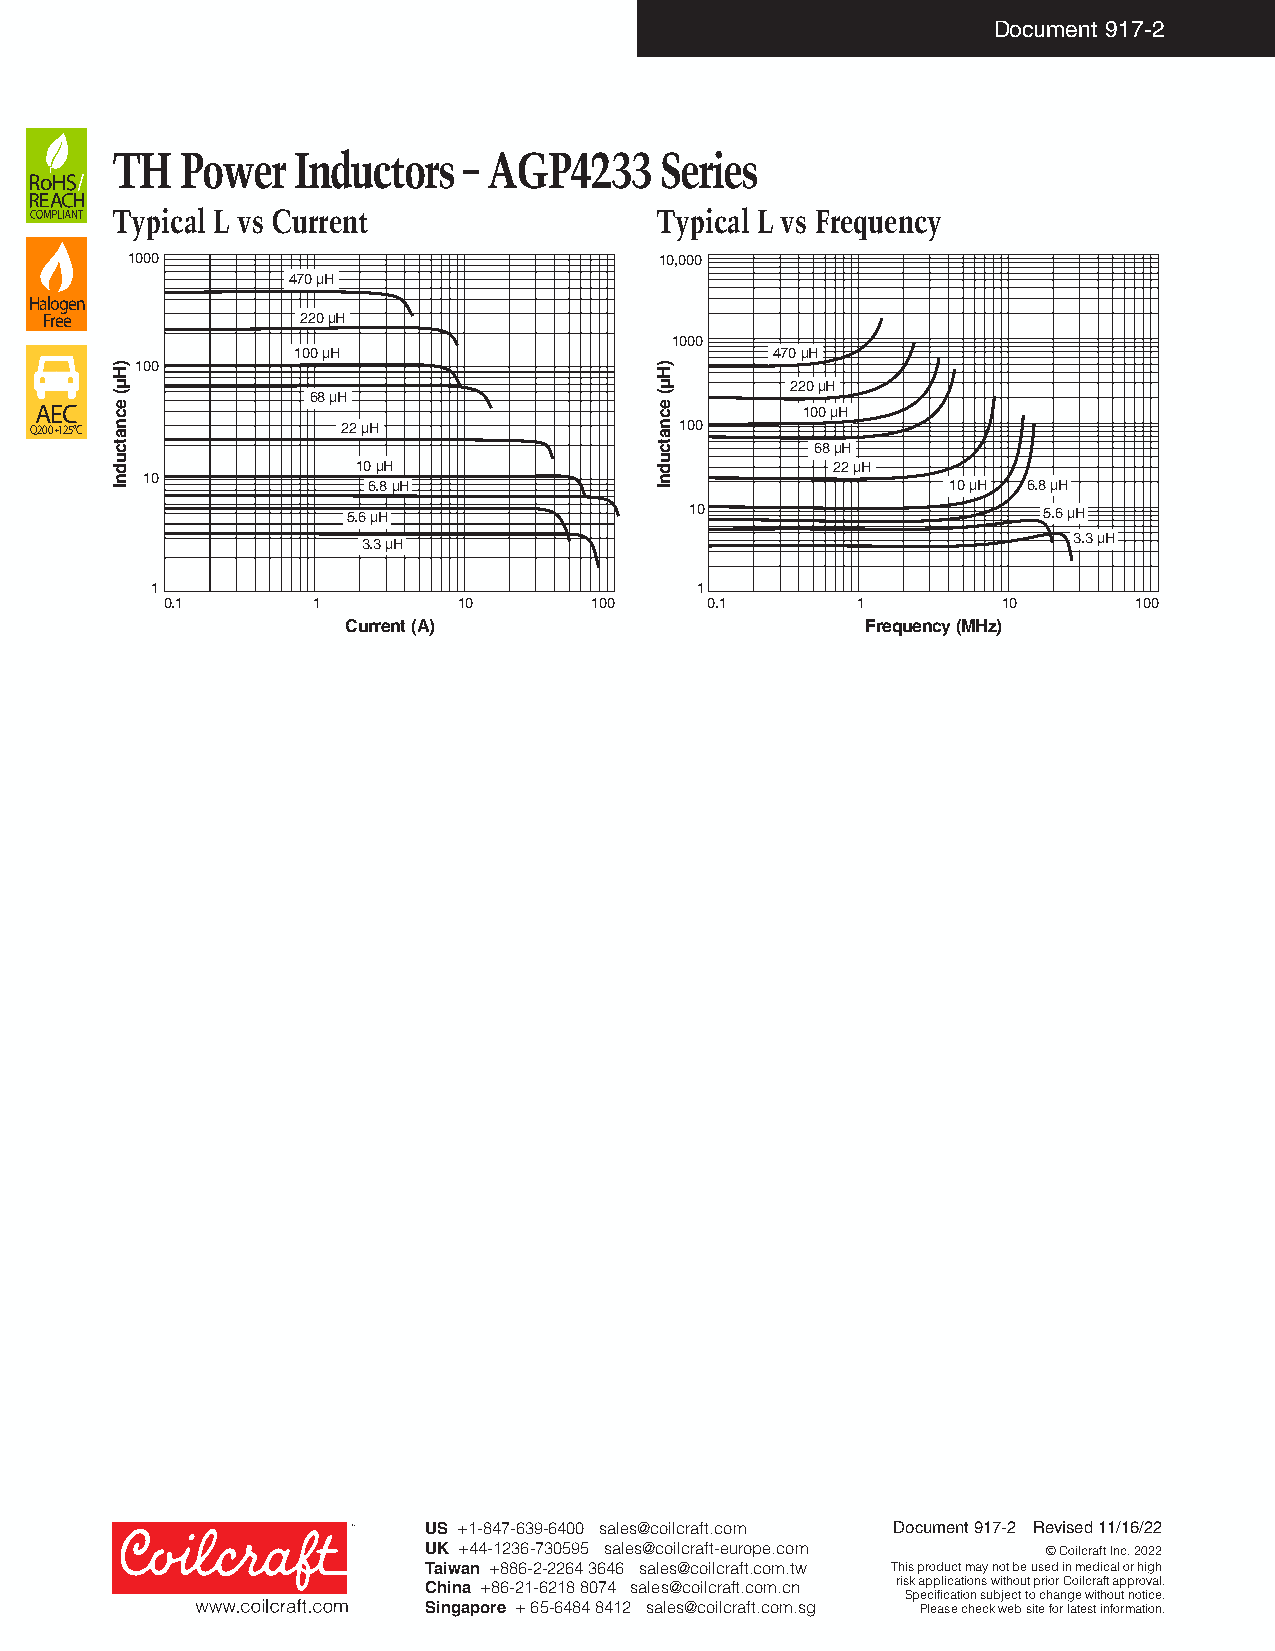
Document 917-2
 TH   Power  Inductors   – AGP4233    Series
 Typical L vs Current                Typical L vs Frequency
 1000                                10,000
 470 µH
 Halogen
 Free             220 µH
 1000
 100 µH                          470 µH
 H)100                               H)
 µ                                   µ        220 µH
 AEC  ce
 (            68 µH
 ce
 (
 100 µH
 Q200+125°C an        22 µH               an100
 ct                                  ct         68 µH
 u                                   u
 d                10 µH              d           22 µH
 In 10            6.8 µH             In                  10 µH 6.8 µH
 5.6 µH                 10                     5.6 µH
 3.3 µH                                         3.3 µH
 1                                   1
 0.1       1        10       100     0.1       1        10       100
 Current (A)                       Frequency (MHz)
 US +1-847-639-6400 sales@coilcraft.com Document 917-2 Revised 11/16/22
 UK +44-1236-730595 sales@coilcraft-europe.com © Coilcraft Inc. 2022
 Taiwan +886-2-2264 3646 sales@coilcraft.com.tw This product may not be used in medical or high
 China +86-21-6218 8074 sales@coilcraft.com.cn risk applications without prior Coilcraft approval.
 Specification subject to change without notice.
 Singapore + 65-6484 8412 sales@coilcraft.com.sg Please check web site for latest information.